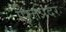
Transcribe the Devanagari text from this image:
पित्तप्रदर